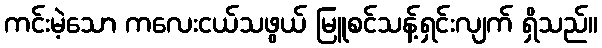
ကင်းမဲ့သော ကလေးငယ်သဖွယ် မြူစင်သန့်ရှင်းလျက် ရှိသည်။